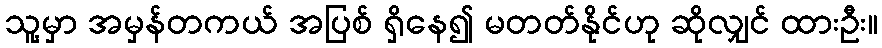
သူ့မှာ အမှန်တကယ် အပြစ် ရှိနေ၍ မတတ်နိုင်ဟု ဆိုလျှင် ထားဦး။